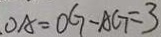
O A = O G - A G = 3